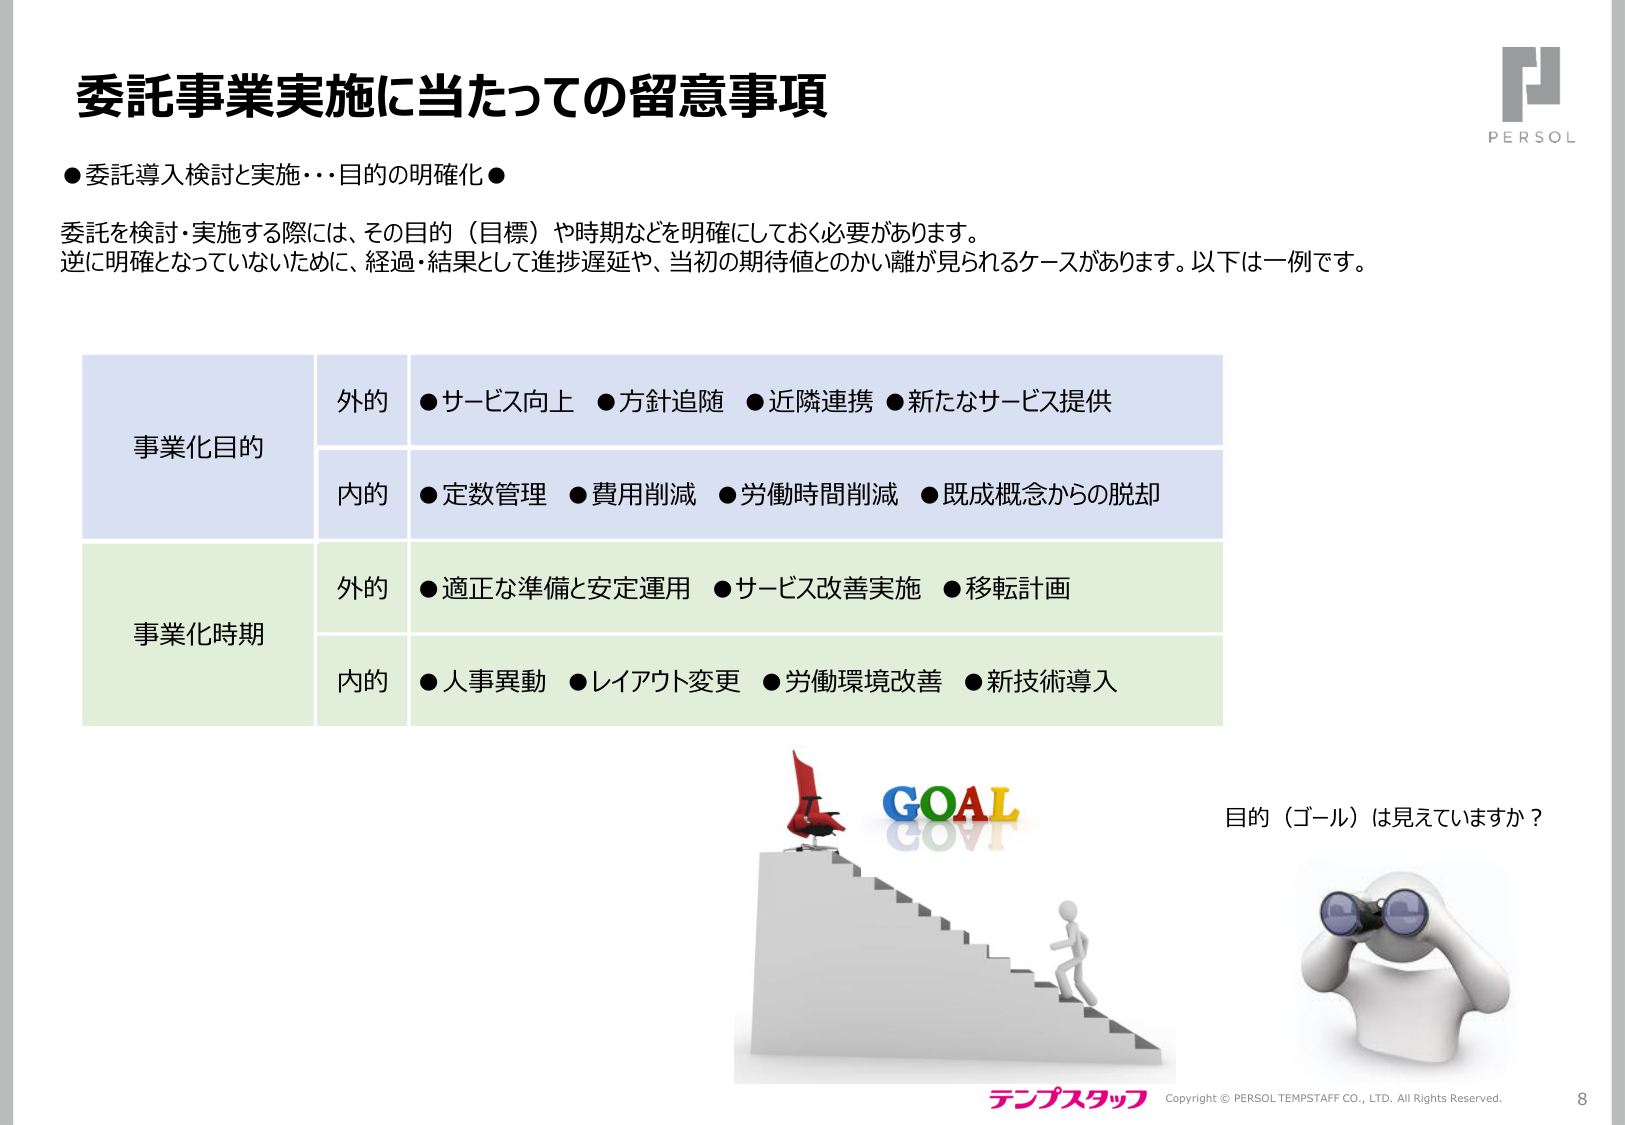
委託事業実施に当たっての留意事項

●委託導入検討と実施…目的の明確化●

委託を検討・実施する際には、その目的（目標）や時期などを明確にしておく必要があります。
逆に明確となっていないために、経過・結果として進捗遅延や、当初の期待値とのかい離が見られるケースがあります。以下は一例です。

事業化目的
　外的　●サービス向上　●方針追随　●近隣連携　●新たなサービス提供
　内的　●定数管理　●費用削減　●労働時間削減　●既成概念からの脱却

事業化時期
　外的　●適正な準備と安定運用　●サービス改善実施　●移転計画
　内的　●人事異動　●レイアウト変更　●労働環境改善　●新技術導入

GOAL
目的（ゴール）は見えていますか？

テンプスタッフ
Copyright © PERSOL TEMPTAFF CO., LTD. All Rights Reserved.
8

PERSOL